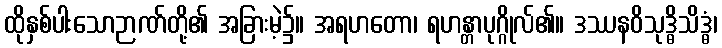
ထိုနှစ်ပါးသောဉာဏ်တို့၏ အခြားမဲ့၌။ အရဟတော၊ ရဟန္တာပုဂ္ဂိုလ်၏။ ဒဿနဝိသုဒ္ဓိသိဒ္ဓံ၊